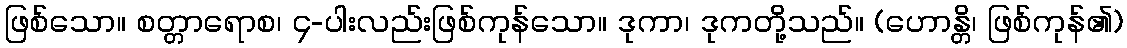
ဖြစ်သော။ စတ္တာရောစ၊ ၄-ပါးလည်းဖြစ်ကုန်သော။ ဒုကာ၊ ဒုကတို့သည်။ (ဟောန္တိ၊ ဖြစ်ကုန်၏)